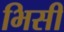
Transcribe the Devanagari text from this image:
भिसी